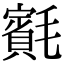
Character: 𣰨